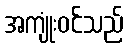
အကျုံးဝင်သည်